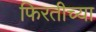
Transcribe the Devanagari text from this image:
फिरतीच्या